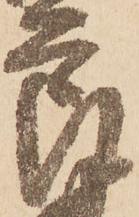
良